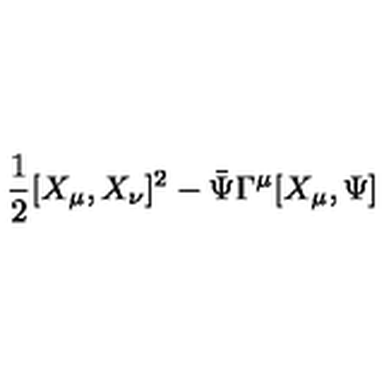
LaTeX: \frac { 1 } { 2 } [ X _ { \mu } , X _ { \nu } ] ^ { 2 } - \bar { \Psi } \Gamma ^ { \mu } [ X _ { \mu } , \Psi ]